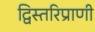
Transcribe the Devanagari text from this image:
द्विस्तरिप्राणी